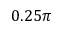
0 . 2 5 \pi